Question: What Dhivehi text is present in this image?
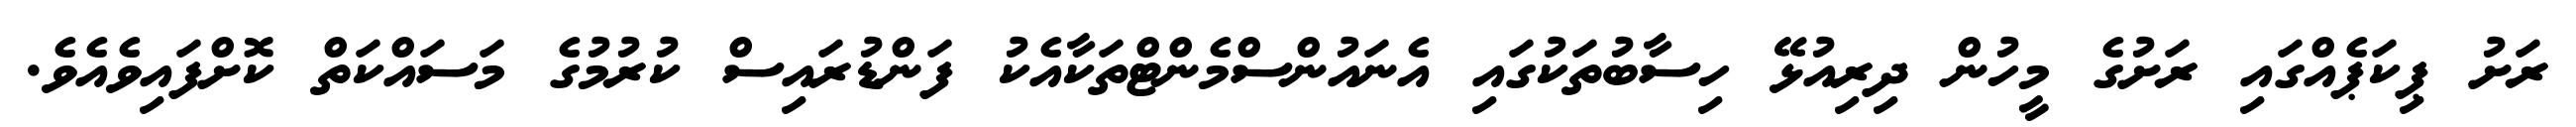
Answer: ރަށު ޕިކަޕެއްގައި ރަށުގެ މީހުން ދިރިއުޅޭ ހިސާބުތަކުގައި އެނައުންސްމެންޓްތަކާއެކު ފަންޑުރައިސް ކުރުމުގެ މަސައްކަތް ކޮށްފައިވެއެވެ.